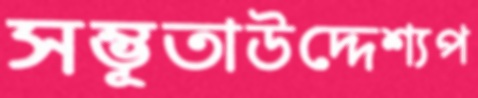
সম্ভূতাউদ্দেশ্যপ